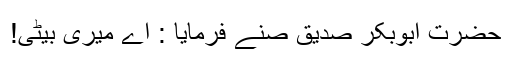
حضرت ابوبکر صدیق صنے فرمایا : اے میری بیٹی!